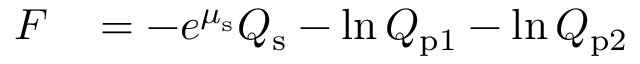
\begin{array} { r l } { F _ { \mathrm { } } } & { { } = - e ^ { \mu _ { \mathrm { s } } } Q _ { \mathrm { s } } - \ln Q _ { \mathrm { p } 1 } - \ln Q _ { \mathrm { p } 2 } } \end{array}